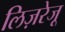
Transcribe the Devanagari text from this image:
लिज़रेजू